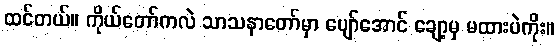
ထင်တယ်။ ကိုယ်တော်ကလဲ သာသနာတော်မှာ ပျော်အောင် ချော့မှ မထားပဲကိုး။